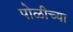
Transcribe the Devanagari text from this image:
पोळीच्या